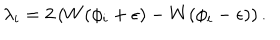
\lambda _ { i } = 2 \left( W ( \phi _ { i } + \epsilon ) - W ( \phi _ { i } - \epsilon ) \right) .